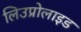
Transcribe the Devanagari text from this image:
लिउप्रोलाइड